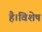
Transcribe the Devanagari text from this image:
है।विशेष